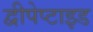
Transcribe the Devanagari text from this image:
द्वीपेप्टाइड